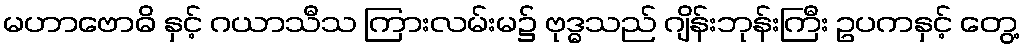
မဟာဗောဓိ နှင့် ဂယာသီသ ကြားလမ်းမ၌ ဗုဒ္ဓသည် ဂျိန်းဘုန်းကြီး ဥပကနှင့် တွေ့